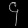
Digit: ၄